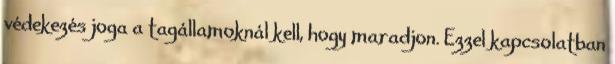
védekezés joga a tagállamoknál kell, hogy maradjon. Ezzel kapcsolatban